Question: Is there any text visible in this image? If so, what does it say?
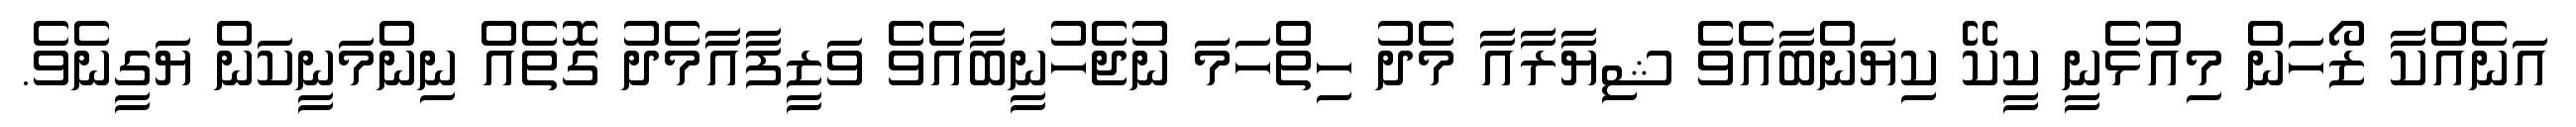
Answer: އަނެއްކާ ޒޯހަން މިއުޅެނީ ކީކޭ ކިޔަންބާއެވެ ޝިޔާރާއާ މެދު ހިތްހަމަ ނުޖެހުނީބާއެވެ ވަޒީފާއާމެދު ގޮތެއް ނިންމަނީކަން ޔަގީނެވެ.